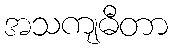
အသကျဓီတာ